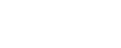
တစ်ခုခုတွင်